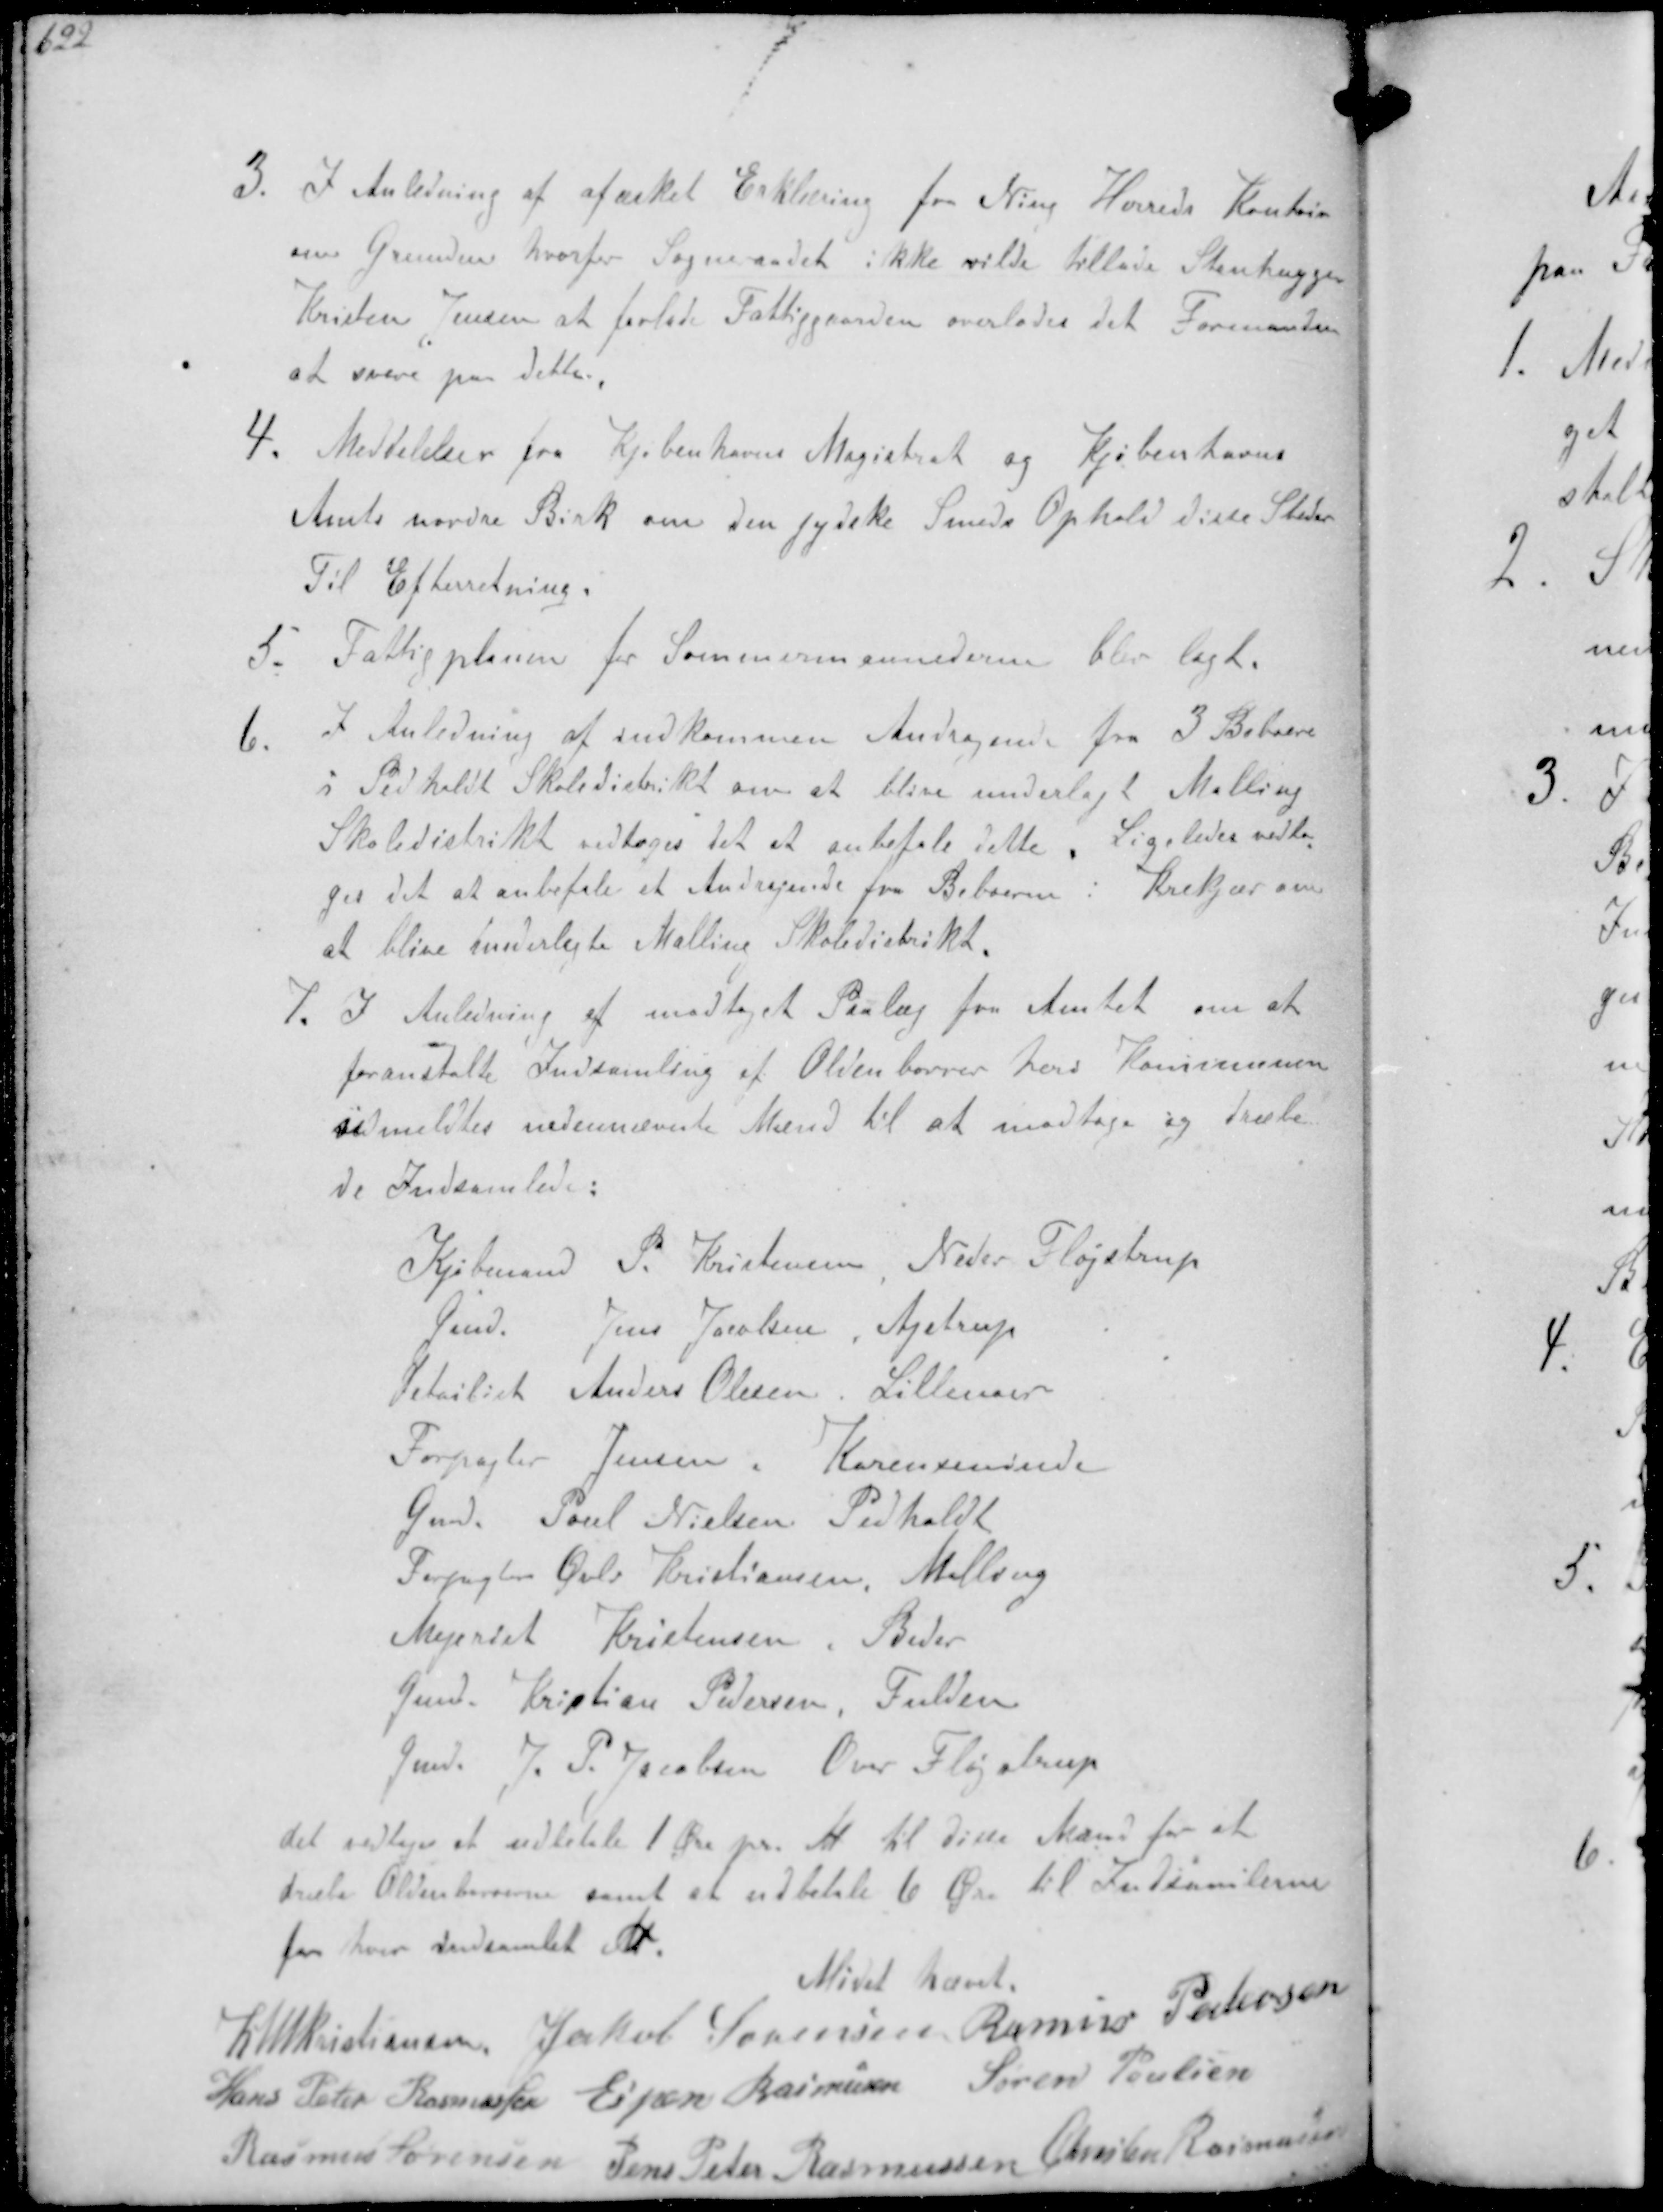
Transskription:
3. I Anledning af afæsket Erklæring fra Ning Herreds Kontor
om Grunden hvorfor Sogneraadet ikke vilde tillade Stenhugger
Kristen Jensen at forlade Fattiggaarden overlodes det Formanden
at svare paa dette.
4. Meddelelser paa Kjøbenhavns Magistrat og Kjøbenhavns
Amts nordre Birk om den jydske Smeds Ophold disse Steder
Til Efterretning.
5. Fattigplanen for Sommermaanederne blev lagt.
6. I Anledning af indkommen Andrageren fra 3 Beboere
i Pedholdt Skoledistrikt om at blive underlagt Malling
Skoledistrikt vedtoges det at anbefale dette. Ligeledes vedto-
ges det at anbefale et Andragende fra Beboerne i Krekær om
at blive underlagte Malling Skoledistrikt
7. I Anledning af modtaget Paalæg fra Amtet om at
foranstalte Indsamling af Oldenborrer heri Kommunen
udmeldtes nedennævnte Mænd til at modtage og dræbe
de Indsamlede:
Købmand P. Kristensen Neder Fløjstrup
Gmd. Jens Jacobsen, Ajstrup
Detailist Anders Olesen, Lillenoer
Forpagter Jensen Karensminde
Gmd. Poul Nielsen Pedholdt
Forpagter Øvli Kristiansen, Malling
Mejerist Kristensen, Beder
Gmd. Kristian Pedersen, Fulden
Gmd. J P. Jacobsen Over Fløjstrup
det vedtoges at udbetale 1 Øre pr. Lb til disse Mænd for at
dræbe Oldenborrene samt at udbetale 6 Øre til Instanterne
for hver indsamlet Lb
Mødet hævet
K N M Kristiansen Jakob Sørensen Rasmus Pedersen
Hans Peter Rasmussen Espen Rasmussen Søren Poulsen
Rasmus Sørensen Jens Peter Rasmussen Anton Rasmussen